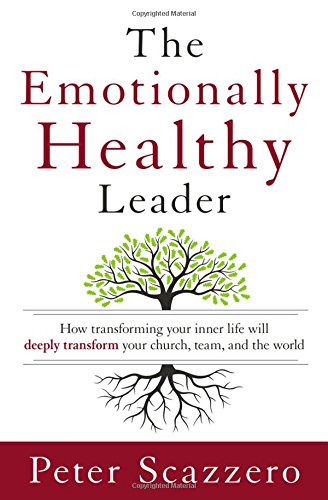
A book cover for The Emotionally Healthy Leader: How Transforming Your Inner Life Will Deeply Transform Your Church, Team, and the World; Peter Scazzero; Christian Books & Bibles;